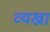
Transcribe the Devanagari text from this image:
व्यख्रा